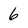
Character: 6